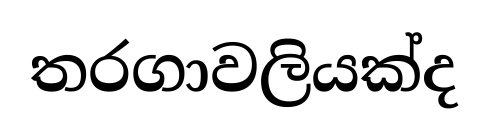
තරගාවලියක්ද